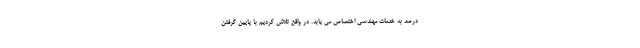
درصد به خدمات مهندسی اختصاص می یابد. در واقع تلاش کردیم با پایین گرفتن